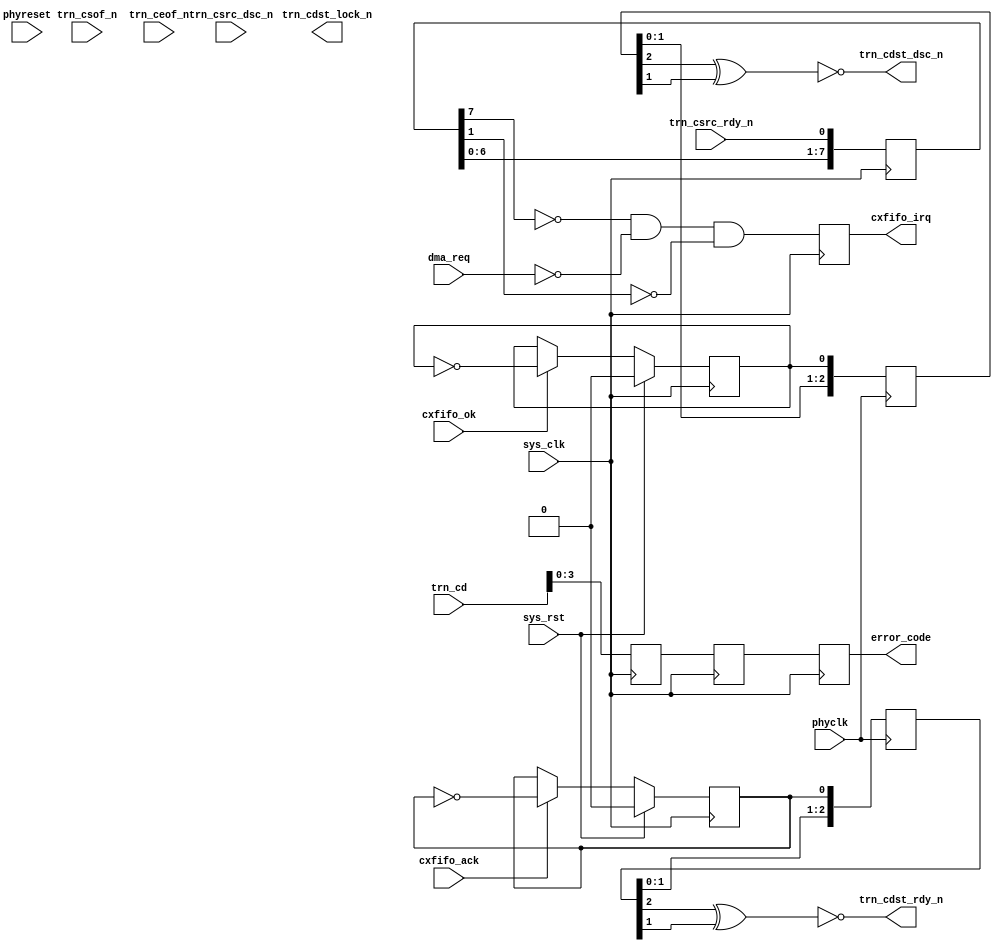
// ctrl.v --- 
// 
// Description: 
// Maintainer: 
// Version: 
// Last-Updated: 
//           By: 
//     Update #: 0
// URL: 
// Keywords: 
// Compatibility: 
// 
// 

// Commentary: 
// 
// 
// 
// 

// Change log:
// 
// 
// 

// Copyright (C) 2008,2009 Beijing Soul tech.
// -------------------------------------
// Naming Conventions:
// 	active low signals                 : "*_n"
// 	clock signals                      : "clk", "clk_div#", "clk_#x"
// 	reset signals                      : "rst", "rst_n"
// 	generics                           : "C_*"
// 	user defined types                 : "*_TYPE"
// 	state machine next state           : "*_ns"
// 	state machine current state        : "*_cs"
// 	combinatorial signals              : "*_com"
// 	pipelined or register delay signals: "*_d#"
// 	counter signals                    : "*cnt*"
// 	clock enable signals               : "*_ce"
// 	internal version of output port    : "*_i"
// 	device pins                        : "*_pin"
// 	ports                              : - Names begin with Uppercase
// Code:
module ctrl (/*AUTOARG*/
   // Outputs
   trn_cdst_rdy_n, trn_cdst_dsc_n, trn_cdst_lock_n, cxfifo_irq,
   error_code,
   // Inputs
   trn_csof_n, trn_ceof_n, trn_cd, trn_csrc_rdy_n, trn_csrc_dsc_n,
   phyclk, phyreset, sys_clk, sys_rst, cxfifo_ack, cxfifo_ok, dma_req
   );
   input phyclk;
   input phyreset;

   input sys_clk;
   input sys_rst;

   /*AUTOINOUTCOMP("sata_link", "^trn_c")*/
   // Beginning of automatic in/out/inouts (from specific module)
   output		trn_cdst_rdy_n;
   output		trn_cdst_dsc_n;
   output		trn_cdst_lock_n;
   input		trn_csof_n;
   input		trn_ceof_n;
   input [31:0]		trn_cd;
   input		trn_csrc_rdy_n;
   input		trn_csrc_dsc_n;
   // End of automatics
   /**********************************************************************/
   input 		cxfifo_ack;
   input 		cxfifo_ok;
   output 		cxfifo_irq;
   output [3:0] 	error_code;
   /**********************************************************************/
   /*AUTOREG*/
   // Beginning of automatic regs (for this module's undeclared outputs)
   reg			cxfifo_irq;
   reg [3:0]		error_code;
   reg			trn_cdst_lock_n;
   // End of automatics
   input 		dma_req;
   /**********************************************************************/
   reg [7:0] 		src_rdyn;
   reg [3:0] 		cd0;
   reg [3:0] 		cd1;
   always @(posedge sys_clk)
     begin
	src_rdyn[0] <= #1 trn_csrc_rdy_n;
	src_rdyn[1] <= #1 src_rdyn[0];
	src_rdyn[2] <= #1 src_rdyn[1];
	src_rdyn[3] <= #1 src_rdyn[2];
	src_rdyn[4] <= #1 src_rdyn[3];
	src_rdyn[5] <= #1 src_rdyn[4];
	src_rdyn[6] <= #1 src_rdyn[5];
	src_rdyn[7] <= #1 src_rdyn[6];
	cd0         <= #1 trn_cd;
	cd1         <= #1 cd0;
     end // always @ (posedge sys_clk)
   always @(posedge sys_clk)
     begin
	cxfifo_irq <= #1 ~src_rdyn[7] & ~dma_req && ~src_rdyn[1];
	error_code <= #1 cd1;
     end

   reg tag_ack;
   reg tag_ok;
   always @(posedge sys_clk)
     begin
	if (sys_rst)
	  begin
	     tag_ack <= #1 1'b0;
	  end
	else if (cxfifo_ack)
	  begin
	     tag_ack <= #1 ~tag_ack;
	  end
     end // always @ (posedge sys_clk)
   always @(posedge sys_clk)
     begin
	if (sys_rst)
	  begin
	     tag_ok <= #1 1'b0;
	  end
	else if (cxfifo_ok)
	  begin
	     tag_ok <= #1 ~tag_ok;
	  end
     end // always @ (posedge sys_clk)

   reg [2:0] sync_ack;
   reg [2:0] sync_ok;
   always @(posedge phyclk)
     begin
	sync_ack <= #1 {sync_ack[1:0], tag_ack};
	sync_ok  <= #1 {sync_ok[1:0], tag_ok};
     end
   
   assign trn_cdst_rdy_n = ~(sync_ack[2] ^ sync_ack[1]);
   assign trn_cdst_dsc_n = ~(sync_ok[2] ^ sync_ok[1]);
endmodule
// 
// ctrl.v ends here